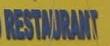
restaurant